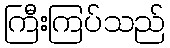
ကြီးကြပ်သည်